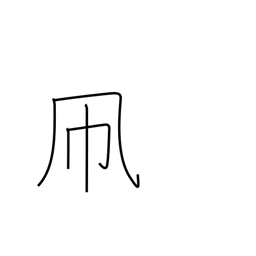
Meaning: kite